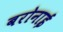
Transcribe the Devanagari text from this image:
बरोनाई